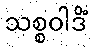
သစ္စဝါဒိံ